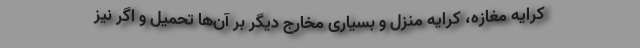
کرایه مغازه، کرایه منزل و بسیاری مخارج دیگر بر آن‌ها تحمیل و اگر نیز